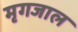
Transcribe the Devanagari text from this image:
मृगजाल